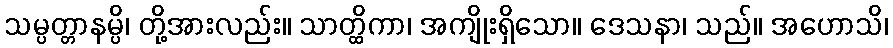
သမ္ပတ္တာနမ္ပိ၊ တို့အားလည်း။ သာတ္ထိကာ၊ အကျိုးရှိသော။ ဒေသနာ၊ သည်။ အဟောသိ၊